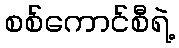
စစ်ကောင်စီရဲ့